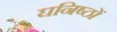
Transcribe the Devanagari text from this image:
घनिष्ठों